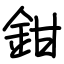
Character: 鉗